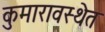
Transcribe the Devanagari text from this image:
कुमारावस्थेत